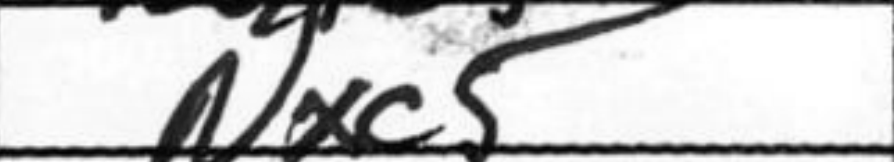
Transcription: Nxc5